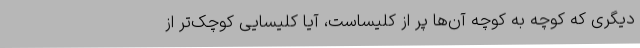
دیگری که کوچه به کوچه آن‌ها پر از کلیساست، آیا کلیسایی کوچک‌تر از